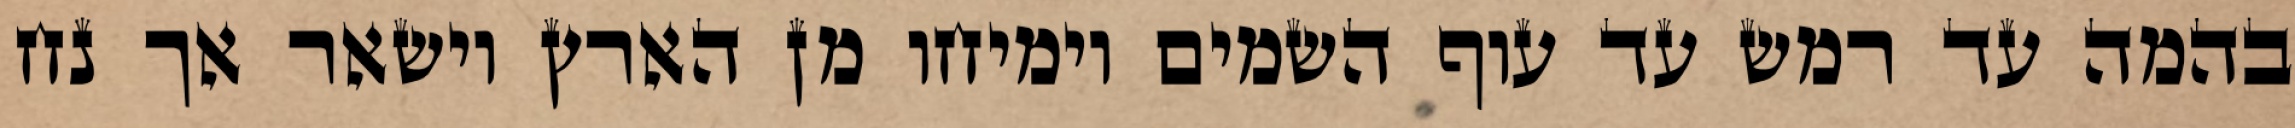
בהמה עד רמש עד עוף השמים וימיחו מן הארץ וישאר אך נח